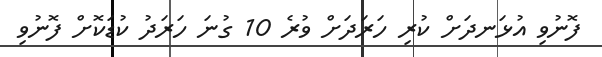
ފޮނުވި އުޅަނދަށް ކުރި ހަރަދަށް ވުރެ 10 ގުނަ ހަރަދު ކުޑަކޮށް ފޮނުވި